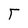
Character: T